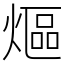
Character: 熰